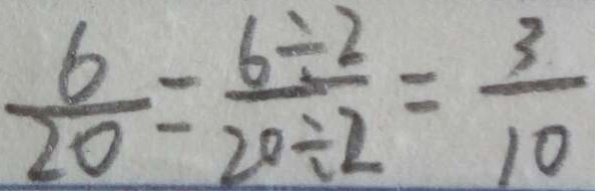
\frac { 6 } { 2 0 } = \frac { 6 \div 2 } { 2 0 \div 2 } = \frac { 3 } { 1 0 }